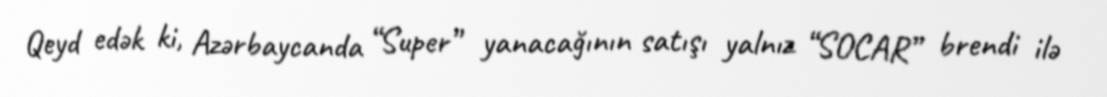
Qeyd edək ki, Azərbaycanda “Super” yanacağının satışı yalnız “SOCAR” brendi ilə